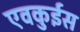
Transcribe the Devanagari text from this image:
एवकुईस